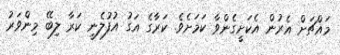
މައްޗަށް އެރުން އެކަށީގެންވާ ކަމަށެވެ. ކަރާގެ އަގު އުފުލެނީ ކަރާ ލިބޭ މިންވަރު